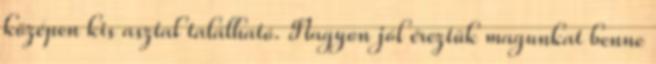
középen kis asztal található. Nagyon jól éreztük magunkat benne